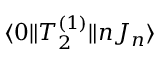
\langle 0 \| T _ { 2 } ^ { ( 1 ) } \| n J _ { n } \rangle